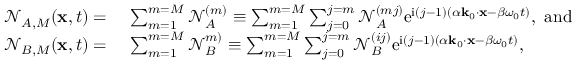
\begin{array} { r l } { \mathcal { N } _ { A , M } ( \mathbf { x } , t ) = ~ } & { \sum _ { m = 1 } ^ { m = M } \mathcal { N } _ { A } ^ { ( m ) } \equiv \sum _ { m = 1 } ^ { m = M } \sum _ { j = 0 } ^ { j = m } \mathcal { N } _ { A } ^ { ( m j ) } \mathrm { e } ^ { \mathrm { i } ( j - 1 ) ( \alpha \mathbf { k } _ { 0 } \cdot \mathbf { x } - \beta \omega _ { 0 } t ) } , ~ \mathrm { a n d } ~ } \\ { \mathcal { N } _ { B , M } ( \mathbf { x } , t ) = ~ } & { \sum _ { m = 1 } ^ { m = M } \mathcal { N } _ { B } ^ { m ) } \equiv \sum _ { m = 1 } ^ { m = M } \sum _ { j = 0 } ^ { j = m } \mathcal { N } _ { B } ^ { ( i j ) } \mathrm { e } ^ { \mathrm { i } ( j - 1 ) ( \alpha \mathbf { k } _ { 0 } \cdot \mathbf { x } - \beta \omega _ { 0 } t ) } , } \end{array}